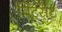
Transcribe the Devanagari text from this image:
विंट्सेंट